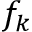
f _ { k }